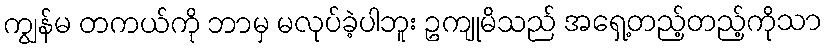
ကျွန်မ တကယ်ကို ဘာမှ မလုပ်ခဲ့ပါဘူး ဥကျုမိသည် အရှေ့တည့်တည့်ကိုသာ